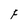
Character: F